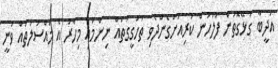
އަދީބާ ގުޅޭގޮތުން ފުލުހުން ކުރިއަށްގެންދެވި ތަހުގީގުތައް ނިންމައި މިހާރު އެ މައްސަލަތައް ވަނީ